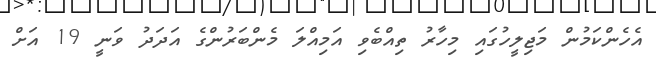
އެހެންކަމުން މަޖިލީހުގައި މިހާރު ތިއްބެވި އަމިއްލަ މެންބަރުންގެ އަދަދު ވަނީ 19 އަށް